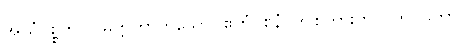
အယံဝုစ္စတိပါပမိတ္တတာဟူသော။ ဧတံဝစနံ၊ ဤစကားကို။ (ဘဂဝတာ၊